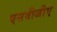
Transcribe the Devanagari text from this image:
एसवीजीए